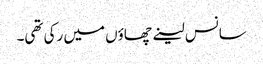
سانس لینے چھاؤں میں رکی تھی۔